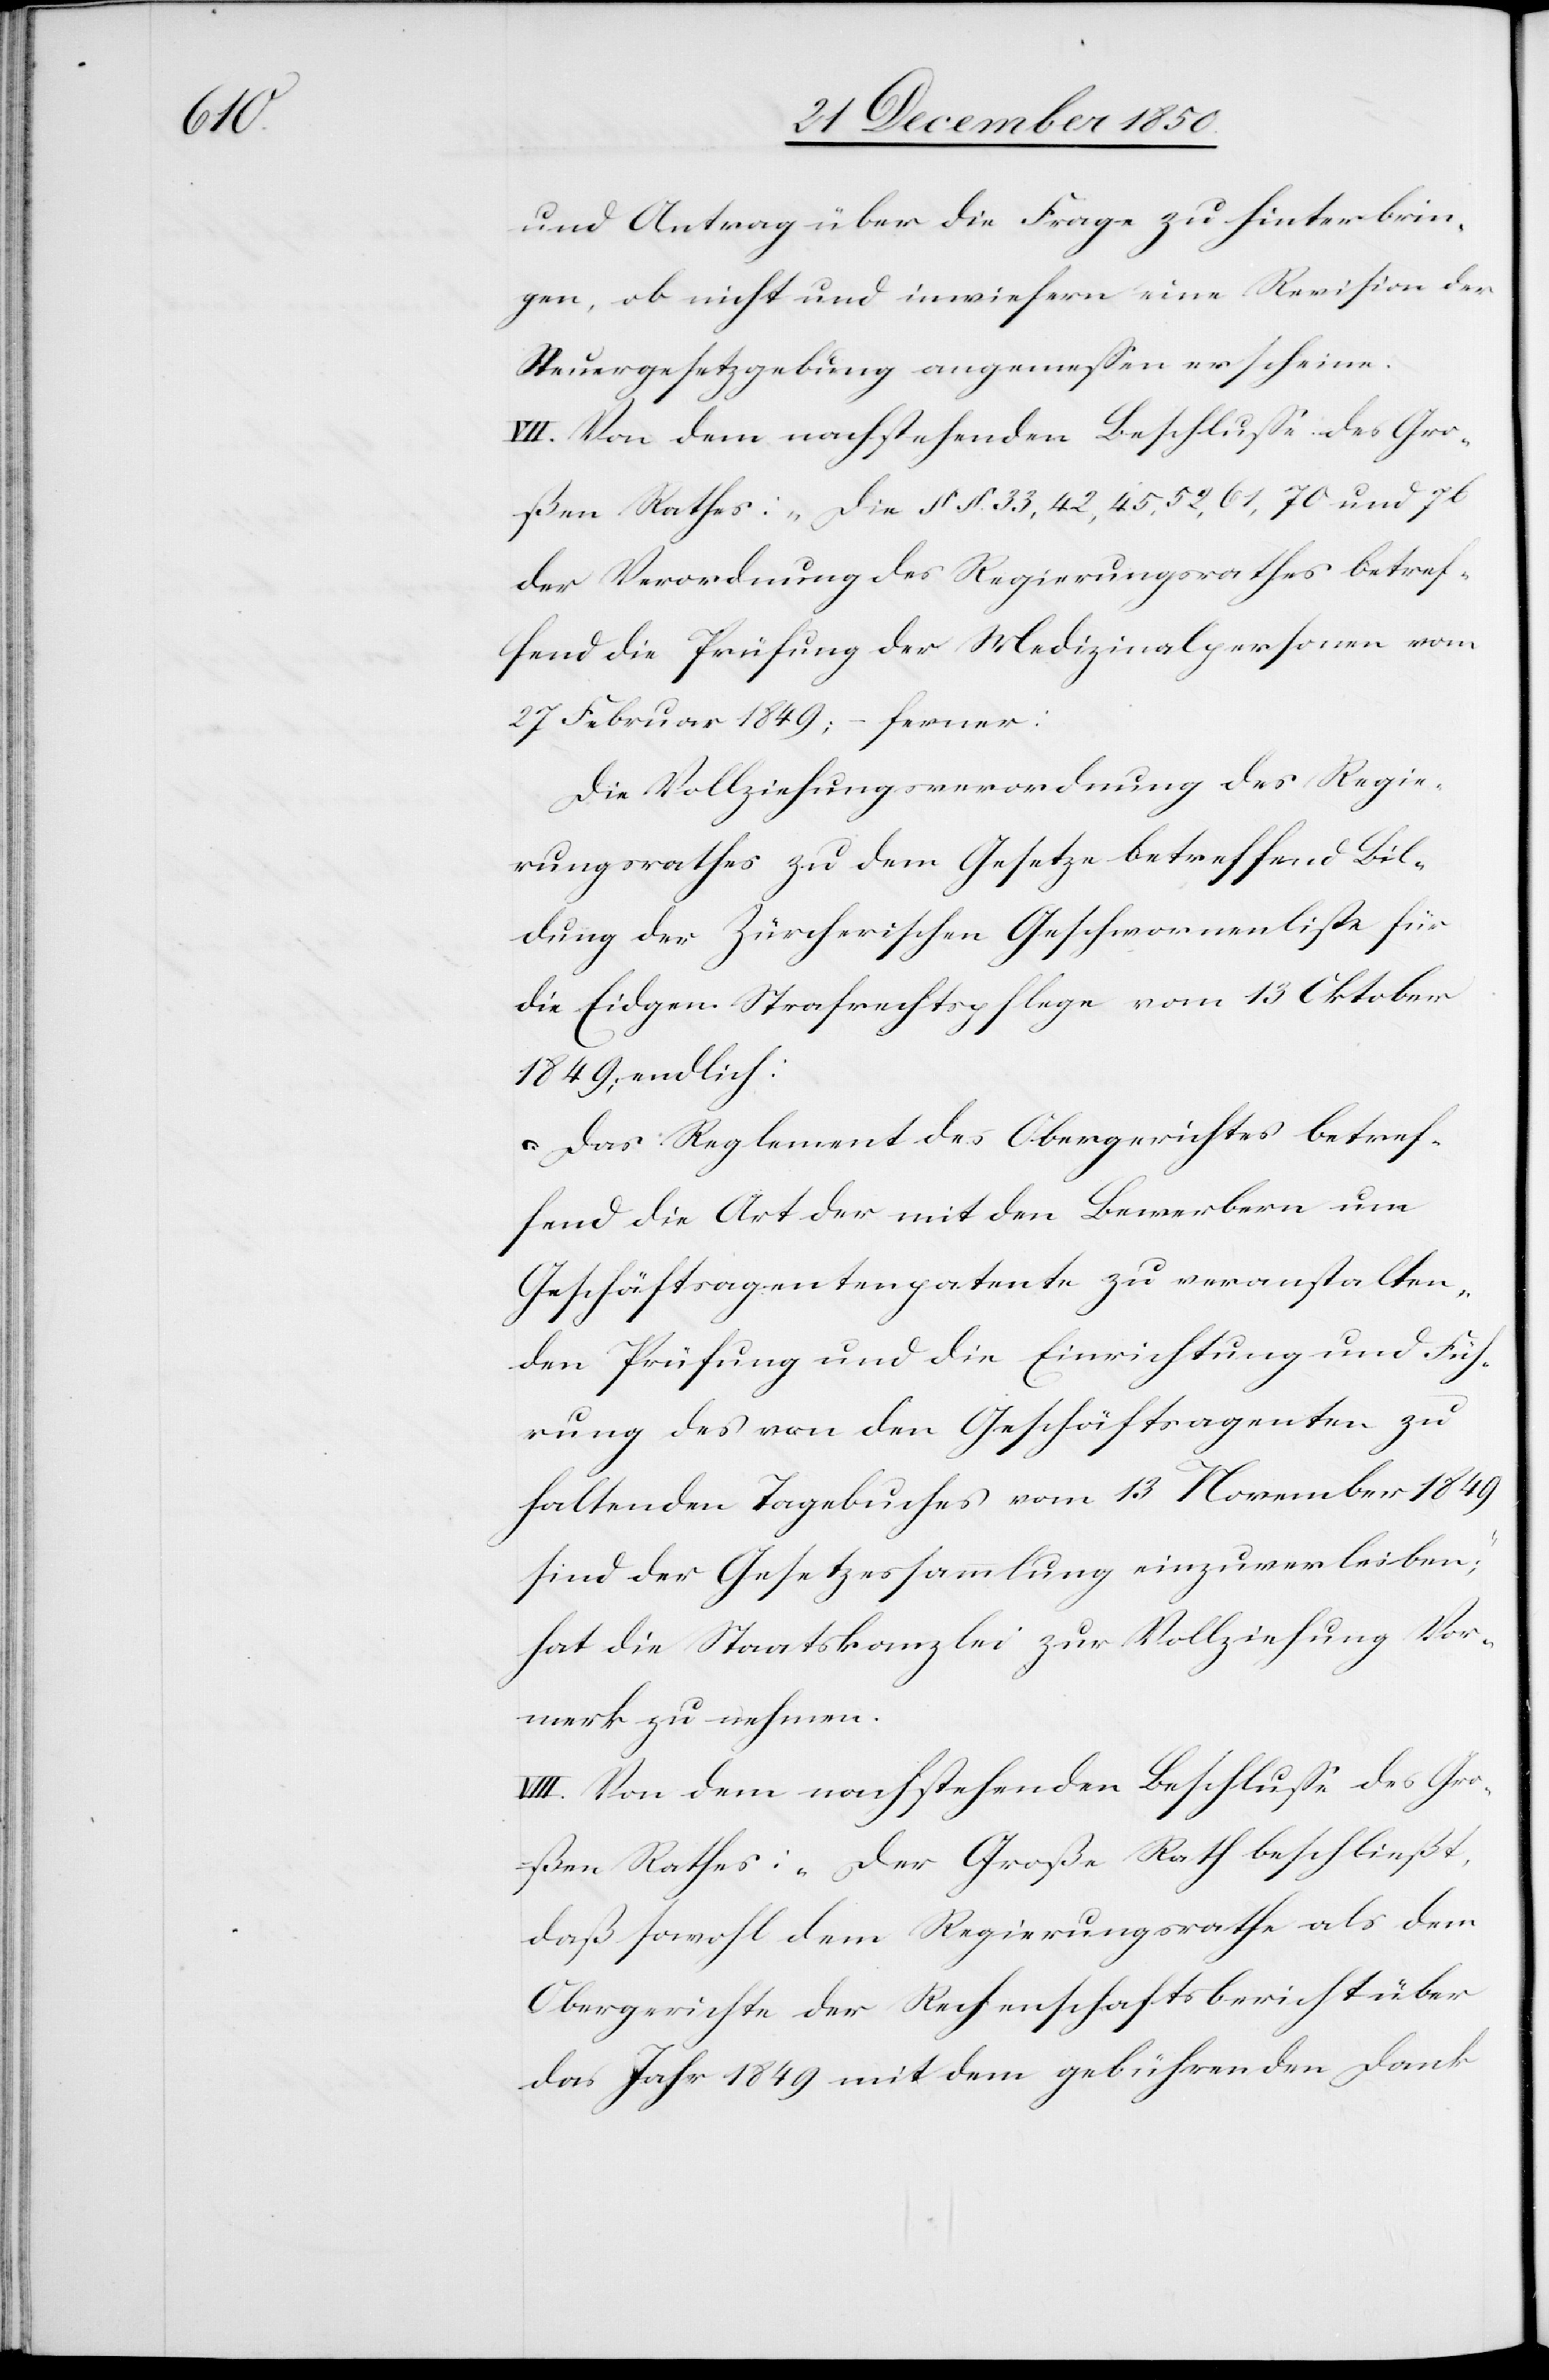
und Antrag über die Frage zu hinterbrin¬
gen, ob nicht und inwiefern eine Revision der
Steuergesetzgebung angemessen erscheine.
VII. Von dem nachstehenden Beschlusse des Gro¬
ßen Rathes: „Die § § 33, 42, 45, 52, 61, 70 und 76
der Verordnung des Regierungsrathes betref¬
fend die Prüfung der Medizinalpersonen vom
27 Februar 1849; – ferner:
Die Vollziehungsverordnung des Regie¬
rungsrathes zu dem Gesetze betreffend Bil¬
dung der Zürcherischen Geschwornenliste für
die Eidgen. Strafrechtspflege vom 13 Oktober
1849; endlich:
Das Reglement des Obergerichtes betref¬
fend die Art der mit den Bewerbern um
Geschäftsagentenpatente zu veranstalten¬
den Prüfung und die Einrichtung und Füh¬
rung des von den Geschäftsagenten zu
haltenden Tagebuches vom 13 November 1849
sind der Gesetzessammlung einzuverleiben“;
hat die Staatskanzlei zur Vollziehung Vor¬
merk zu nehmen.
VIII. Von dem nachstehenden Beschlusse des Gro¬
ßen Rathes: „Der Große Rath beschließt,
daß sowohl dem Regierungsrathe als dem
Obergericht der Rechenschaftsbericht über
das Jahr 1849 mit dem gebührenden Dank